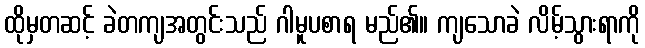
ထိုမှတဆင့် ခဲတကျအတွင်းသည် ဂါမူပစာရ မည်၏။ ကျသောခဲ လိမ့်သွားရာကို